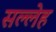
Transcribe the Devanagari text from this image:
सल्लेह